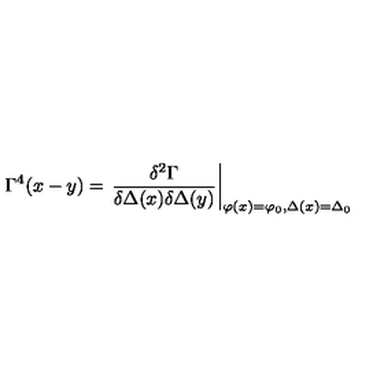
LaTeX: \Gamma ^ { 4 } ( x - y ) = \left. \frac { \delta ^ { 2 } \Gamma } { \delta \Delta ( x ) \delta \Delta ( y ) } \right| _ { \varphi ( x ) = \varphi _ { 0 } , \Delta ( x ) = \Delta _ { 0 } }